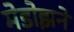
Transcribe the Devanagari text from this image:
मेडोझने